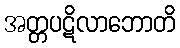
အတ္တပဋိလာဘောတိ